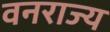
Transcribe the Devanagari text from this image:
वनराज्य